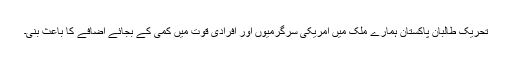
تحریک طالبان پاکستان ہمارے ملک میں امریکی سرگرمیوں اور افرادی قوت میں کمی کے بجائے اضافے کا باعث بنی۔